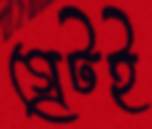
গ্রেটই